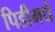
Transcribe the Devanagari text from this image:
पिडीमधे